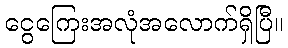
ငွေကြေးအလုံအလောက်ရှိပြီ။